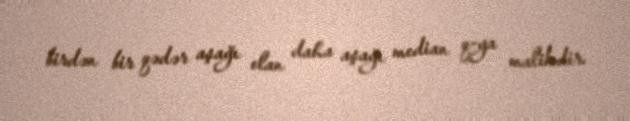
birdən bir qədər aşağı olan daha aşağı median q-ya malikdir.